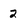
Character: 2